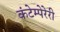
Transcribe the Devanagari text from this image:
कंटेम्पेरेरी